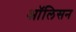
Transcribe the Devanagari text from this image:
ऑलिसन